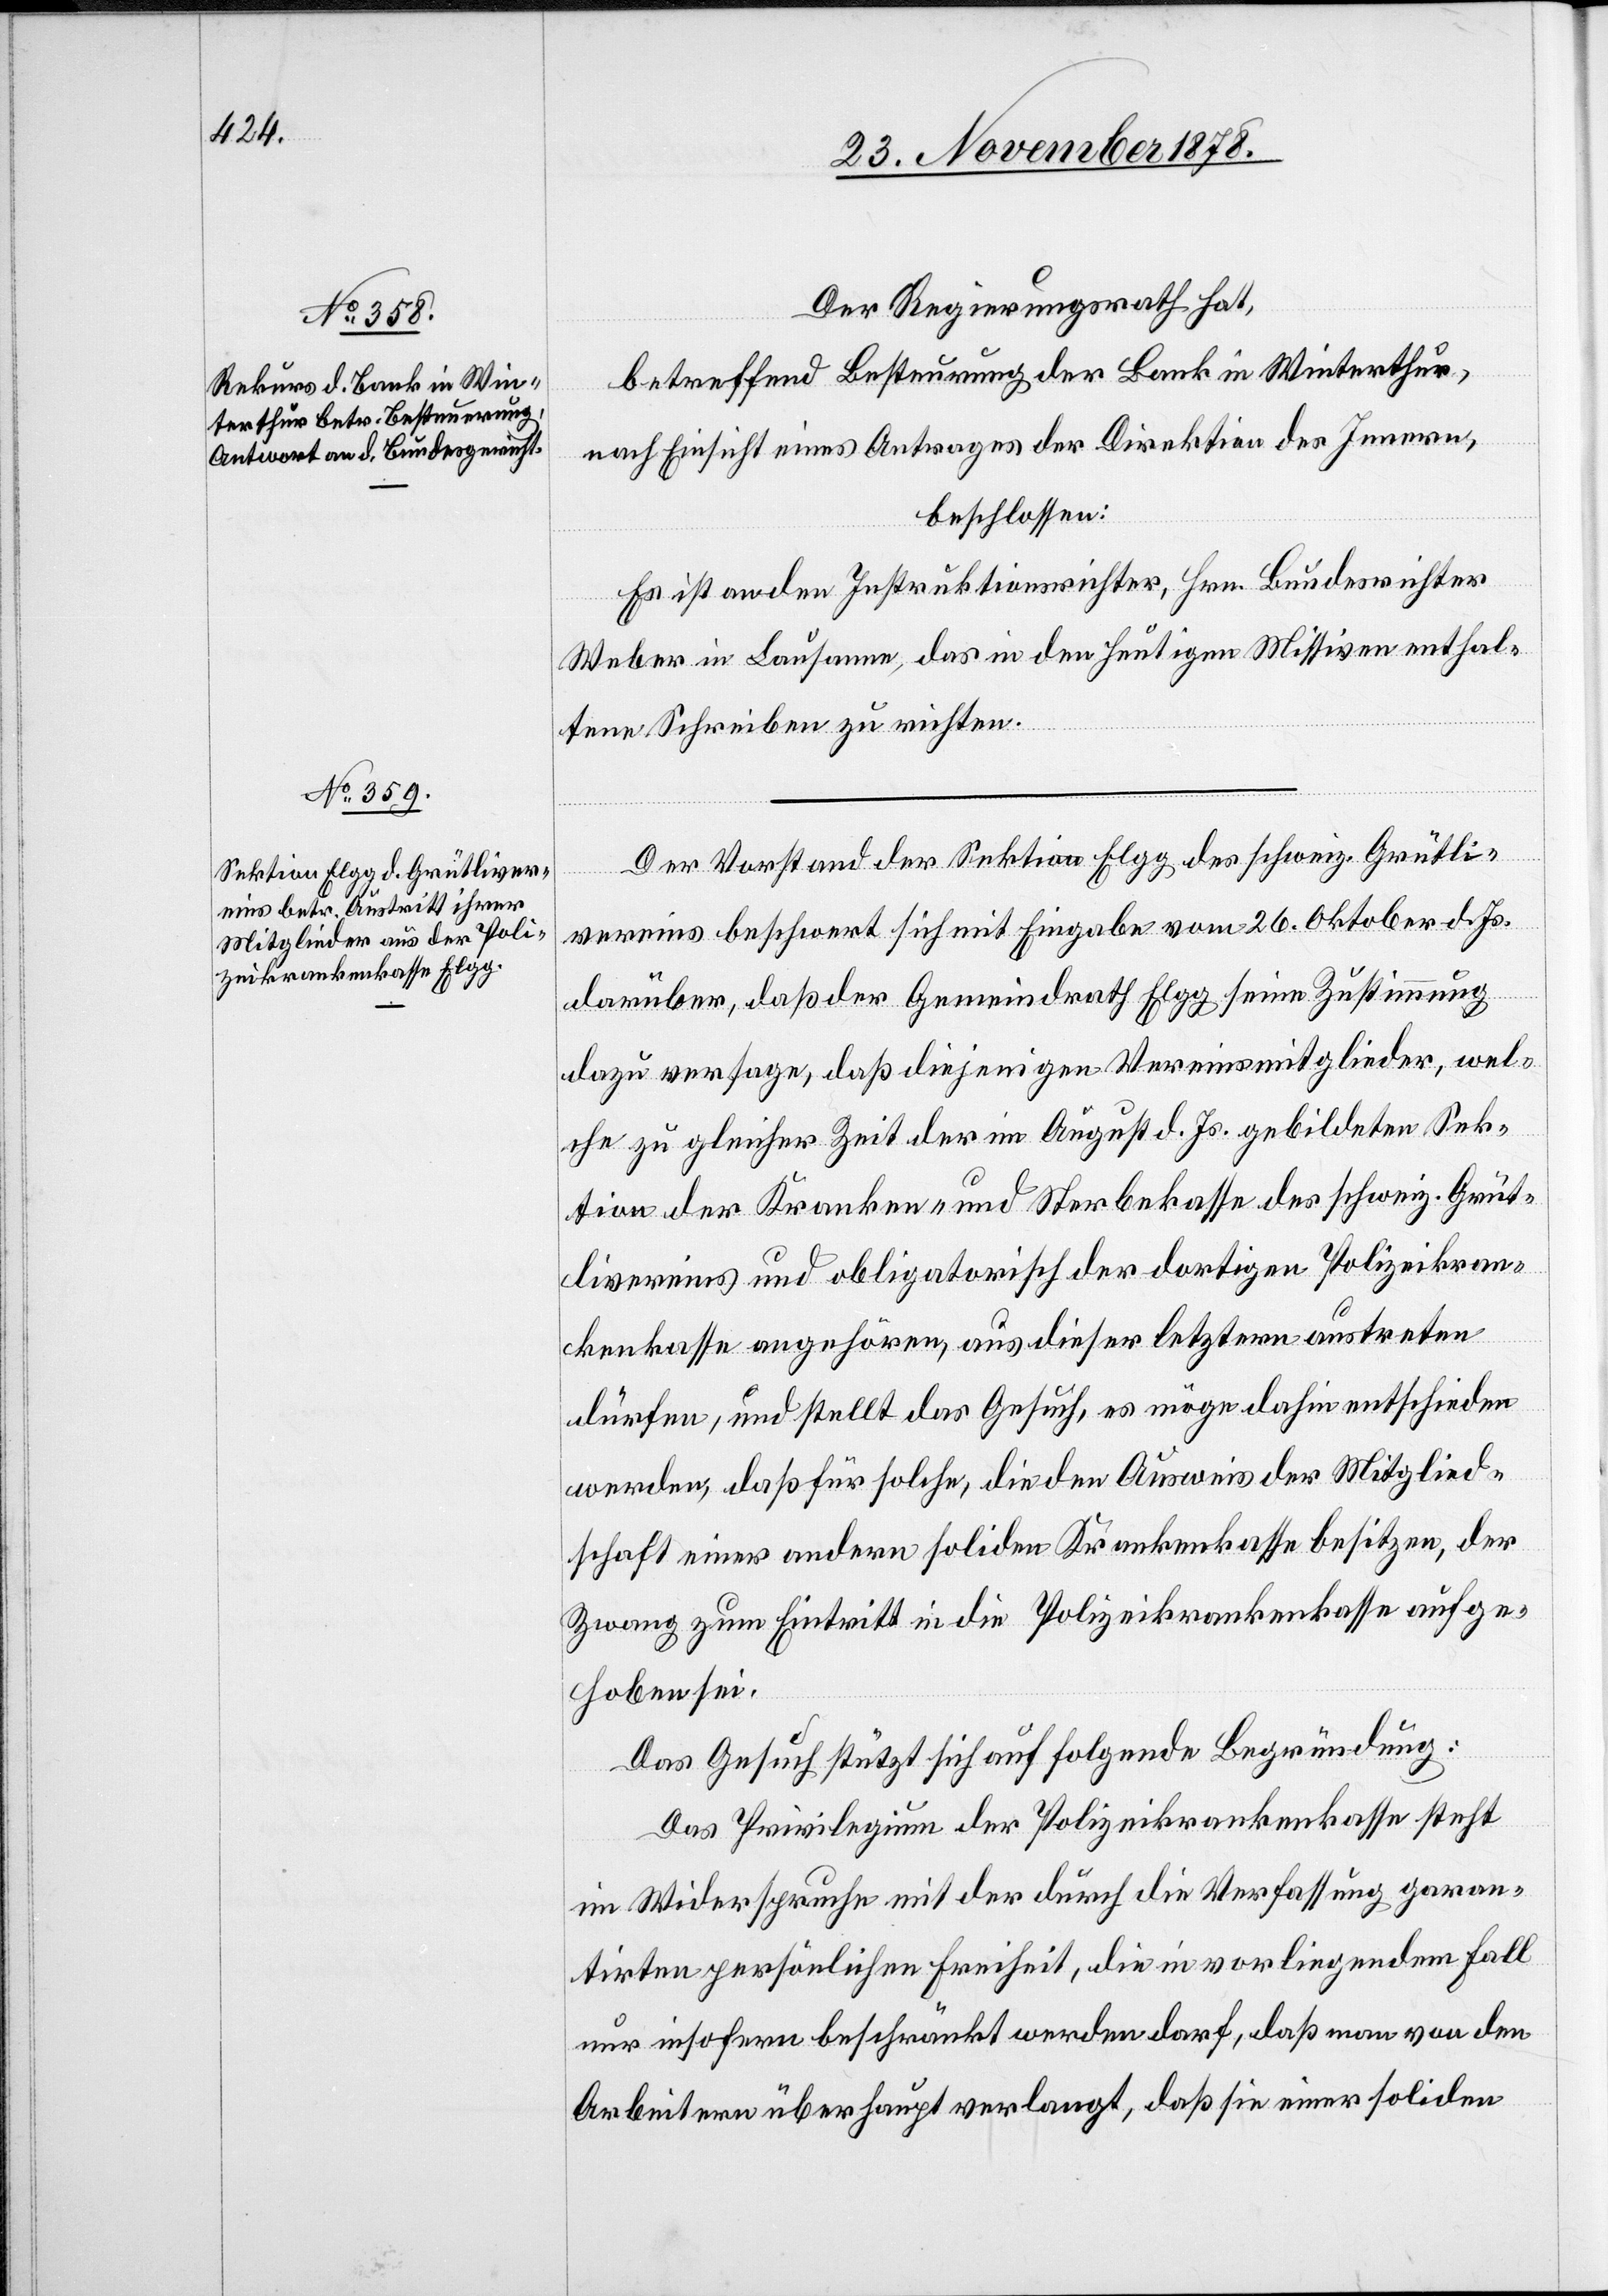
Der Regierungsrath hat,
betreffend Besteuerung der Bank in Winterthur,
nach Einsicht eines Antrages der Direktion des Innern,
beschlossen:
Es ist an den Instruktionsrichter, Hrn. Bundesrichter
Weber in Lausanne, das in den heutigen Missiven enthal¬
tenen Schreiben zu richten.
Der Vorstand der Sektion Elgg des schweiz. Grütli¬
vereins beschwert sich mit Eingabe vom 26. Oktober d. Js.
darüber, daß der Gemeindrath Elgg seine Zustimmung
dazu versage, daß diejenigen Vereinsmitglieder, wel¬
che zu gleicher Zeit der im August d. Js. gebildeten Sek¬
tion der Kranken- und Sterbenskasse des schweiz. Grüt¬
livereins und obligatorisch der dortigen Polizeikran¬
kenkasse angehören, aus dieser letztern austreten
dürfen, und stellt das Gesuch, es möge dahin entschieden
werden, daß für solche, die den Ausweis der Mitglied¬
schaft einer andern soliden Krankenkasse besitzen, der
Zwang zum Eintritt in die Polizeikrankenkasse aufge¬
hoben sei.
Das Gesuch stützt sich auf folgende Begründung:
Das Privilegium der Polizeikrankenkasse steht
im Widerspruche mit der durch die Verfassung garan¬
tirten persönlichen Freiheit, die in vorliegendem Fall
nur insofern beschränkt werden darf, daß man von den
Arbeitern überhaupt verlangt, daß sie einer soliden